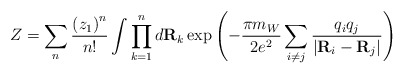
\begin{align*}Z=\sum_{n}{\left(z_1\right)^n\over n!}\int \prod_{k=1}^nd {\bf R}_k\exp\left(-{\pi m_W\over2e^2}\sum_{i\not=j}{q_iq_j\over\vert{\bf R}_i -{\bf R}_j\vert}\right)\end{align*}